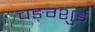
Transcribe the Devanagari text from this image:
चङ्ग्शुई